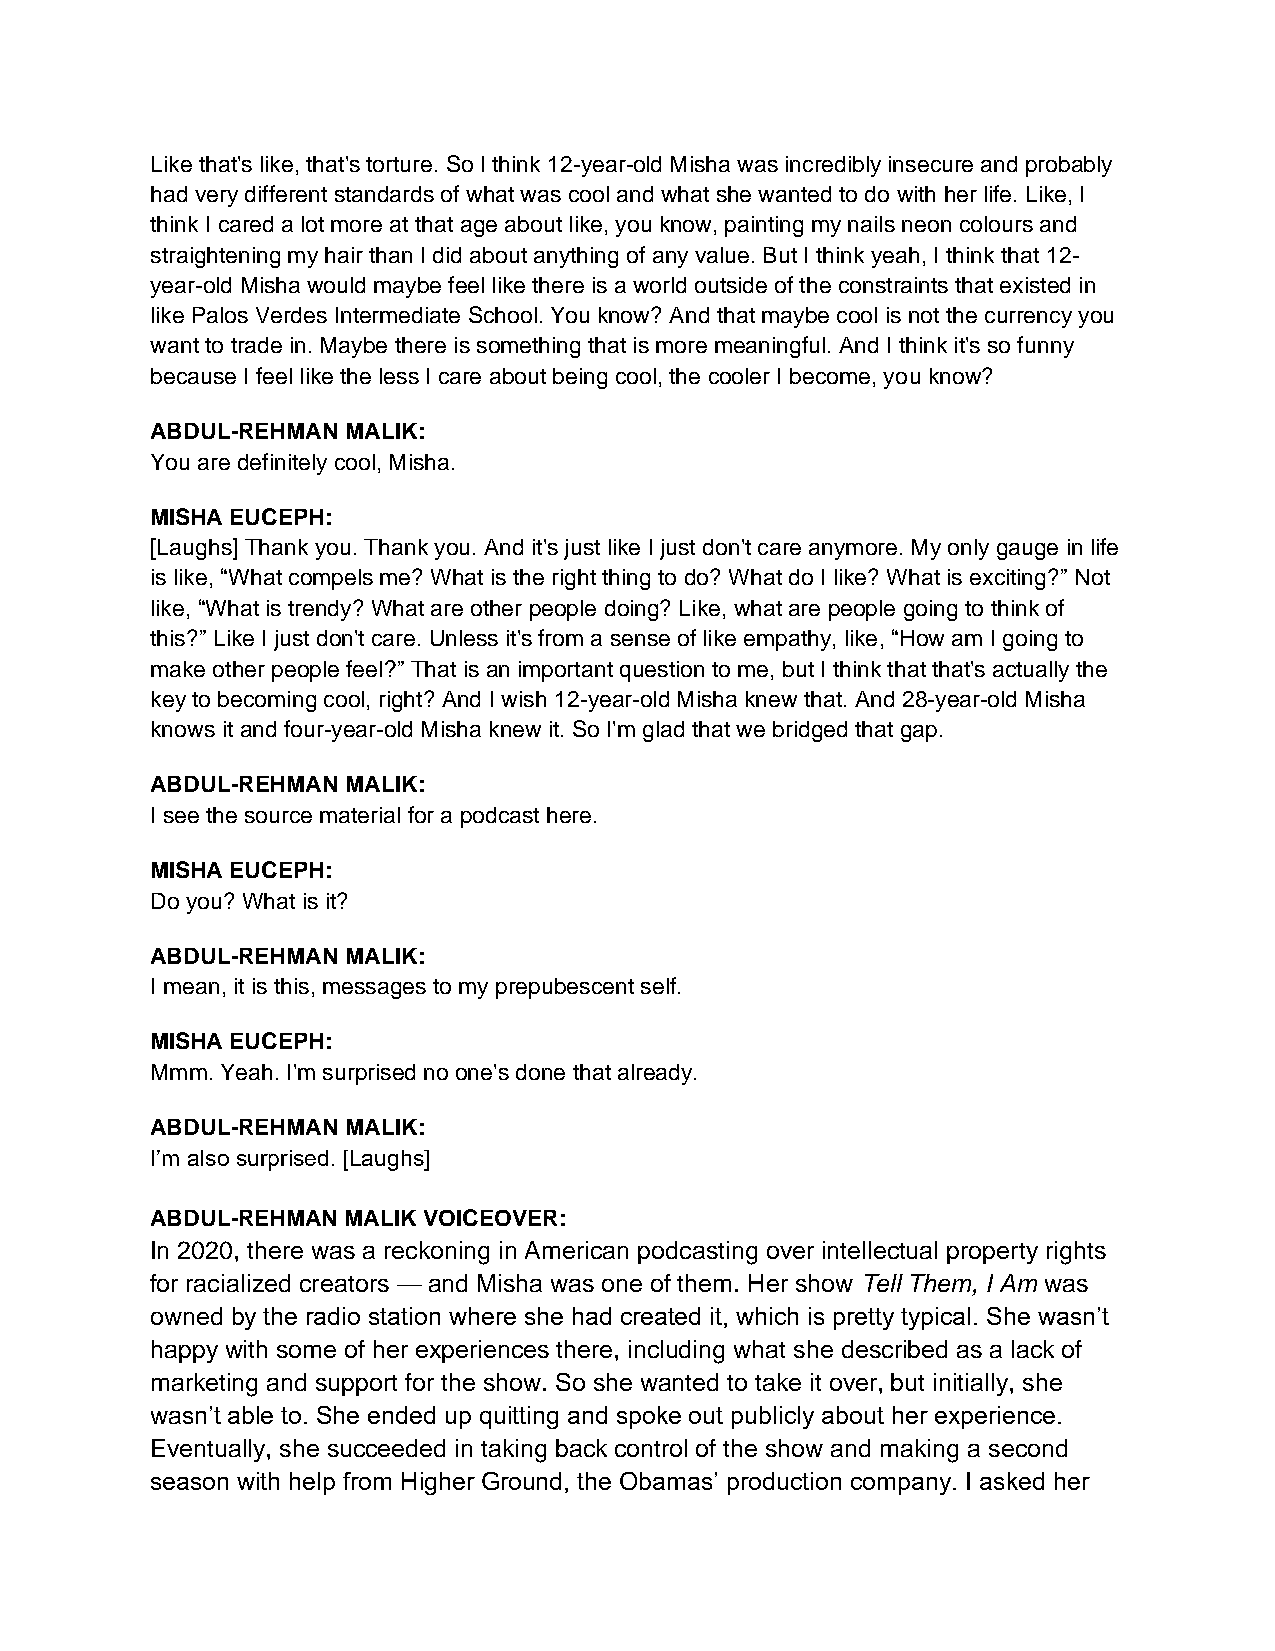
Like that's like, that's torture. So I think 12-year-old Misha was incredibly insecure and probably
 had very different standards of what was cool and what she wanted to do with her life. Like, I
 think I cared a lot more at that age about like, you know, painting my nails neon colours and
 straightening my hair than I did about anything of any value. But I think yeah, I think that 12-
 year-old Misha would maybe feel like there is a world outside of the constraints that existed in
 like Palos Verdes Intermediate School. You know? And that maybe cool is not the currency you
 want to trade in. Maybe there is something that is more meaningful. And I think it's so funny
 because I feel like the less I care about being cool, the cooler I become, you know?
 ABDUL-REHMAN MALIK:
 You are definitely cool, Misha.
 MISHA EUCEPH:
 [Laughs] Thank you. Thank you. And it's just like I just don't care anymore. My only gauge in life
 is like, “What compels me? What is the right thing to do? What do I like? What is exciting?” Not
 like, “What is trendy? What are other people doing? Like, what are people going to think of
 this?” Like I just don't care. Unless it's from a sense of like empathy, like, “How am I going to
 make other people feel?” That is an important question to me, but I think that that's actually the
 key to becoming cool, right? And I wish 12-year-old Misha knew that. And 28-year-old Misha
 knows it and four-year-old Misha knew it. So I'm glad that we bridged that gap.
 ABDUL-REHMAN MALIK:
 I see the source material for a podcast here.
 MISHA EUCEPH:
 Do you? What is it?
 ABDUL-REHMAN MALIK:
 I mean, it is this, messages to my prepubescent self.
 MISHA EUCEPH:
 Mmm. Yeah. I'm surprised no one's done that already.
 ABDUL-REHMAN MALIK:
 I’m also surprised. [Laughs]
 ABDUL-REHMAN MALIK VOICEOVER:
 In 2020, there was a reckoning in American podcasting over intellectual property rights
 for racialized creators — and Misha was one of them. Her show Tell Them, I Am was
 owned by the radio station where she had created it, which is pretty typical. She wasn’t
 happy with some of her experiences there, including what she described as a lack of
 marketing and support for the show. So she wanted to take it over, but initially, she
 wasn’t able to. She ended up quitting and spoke out publicly about her experience.
 Eventually, she succeeded in taking back control of the show and making a second
 season with help from Higher Ground, the Obamas’ production company. I asked her